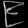
Digit: ၉